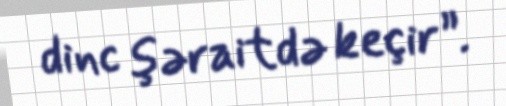
dinc şəraitdə keçir”.